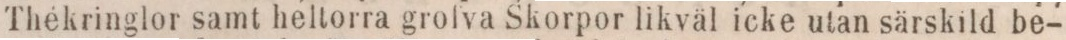
Thékringlor samt heltorra grofva Skorpor likväl icke utan särskild be-